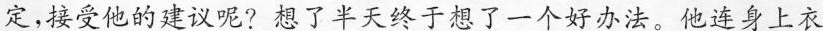
定，接受他的建议呢?想了半天终于想了一个好办法。他连身上衣